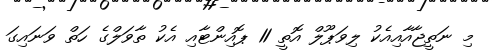
މި ނަތީޖާއާއިއެކު ލިވަޕޫލް އޮތީ 11 ޕޮއިންޓާއި އެކު ތާވަލްގެ ހަތް ވަނައިގަ